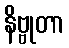
နိဗ္ဗုတာ